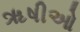
ૠષીઓ